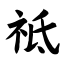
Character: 祗